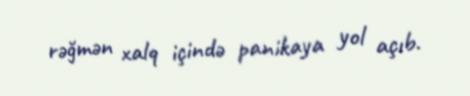
rəğmən xalq içində panikaya yol açıb.